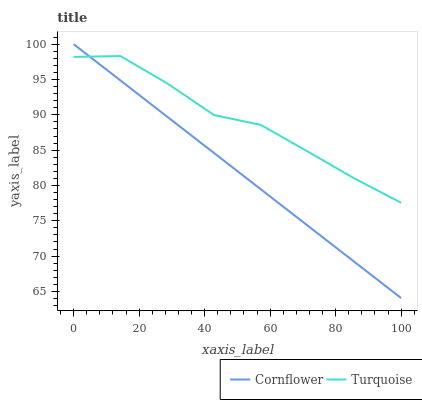
| xaxis_label | Cornflower | Turquoise |
 | --- | --- | --- |
 | 0 | 100 | 98.2 |
 | 14.3 | 94.9 | 98.3 |
 | 28.6 | 89.7 | 94.5 |
 | 42.9 | 84.6 | 90 |
 | 57.1 | 79.5 | 88.6 |
 | 71.4 | 74.3 | 84.8 |
 | 85.7 | 69.2 | 81 |
 | 100 | 64.1 | 77.6 |